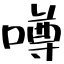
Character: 噂